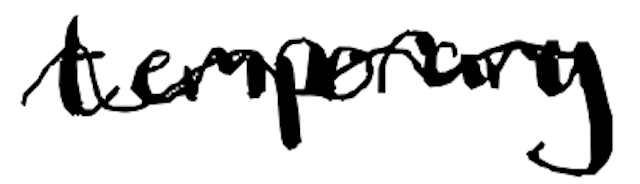
Text: temporary
Cross-out: wave
Writing tool: digital_black